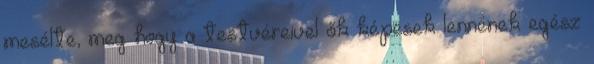
mesélte, meg hogy a testvéreivel ők képesek lennének egész